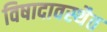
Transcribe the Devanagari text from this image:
विषादावस्थैत